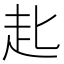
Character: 𧺊